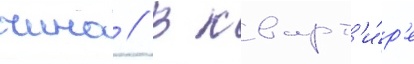
чино // В кварт'и́р'е